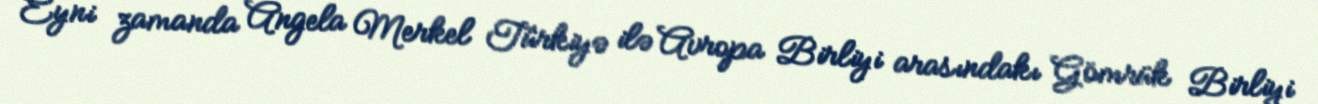
Eyni zamanda Angela Merkel Türkiyə ilə Avropa Birliyi arasındakı Gömrük Birliyi